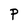
Character: P